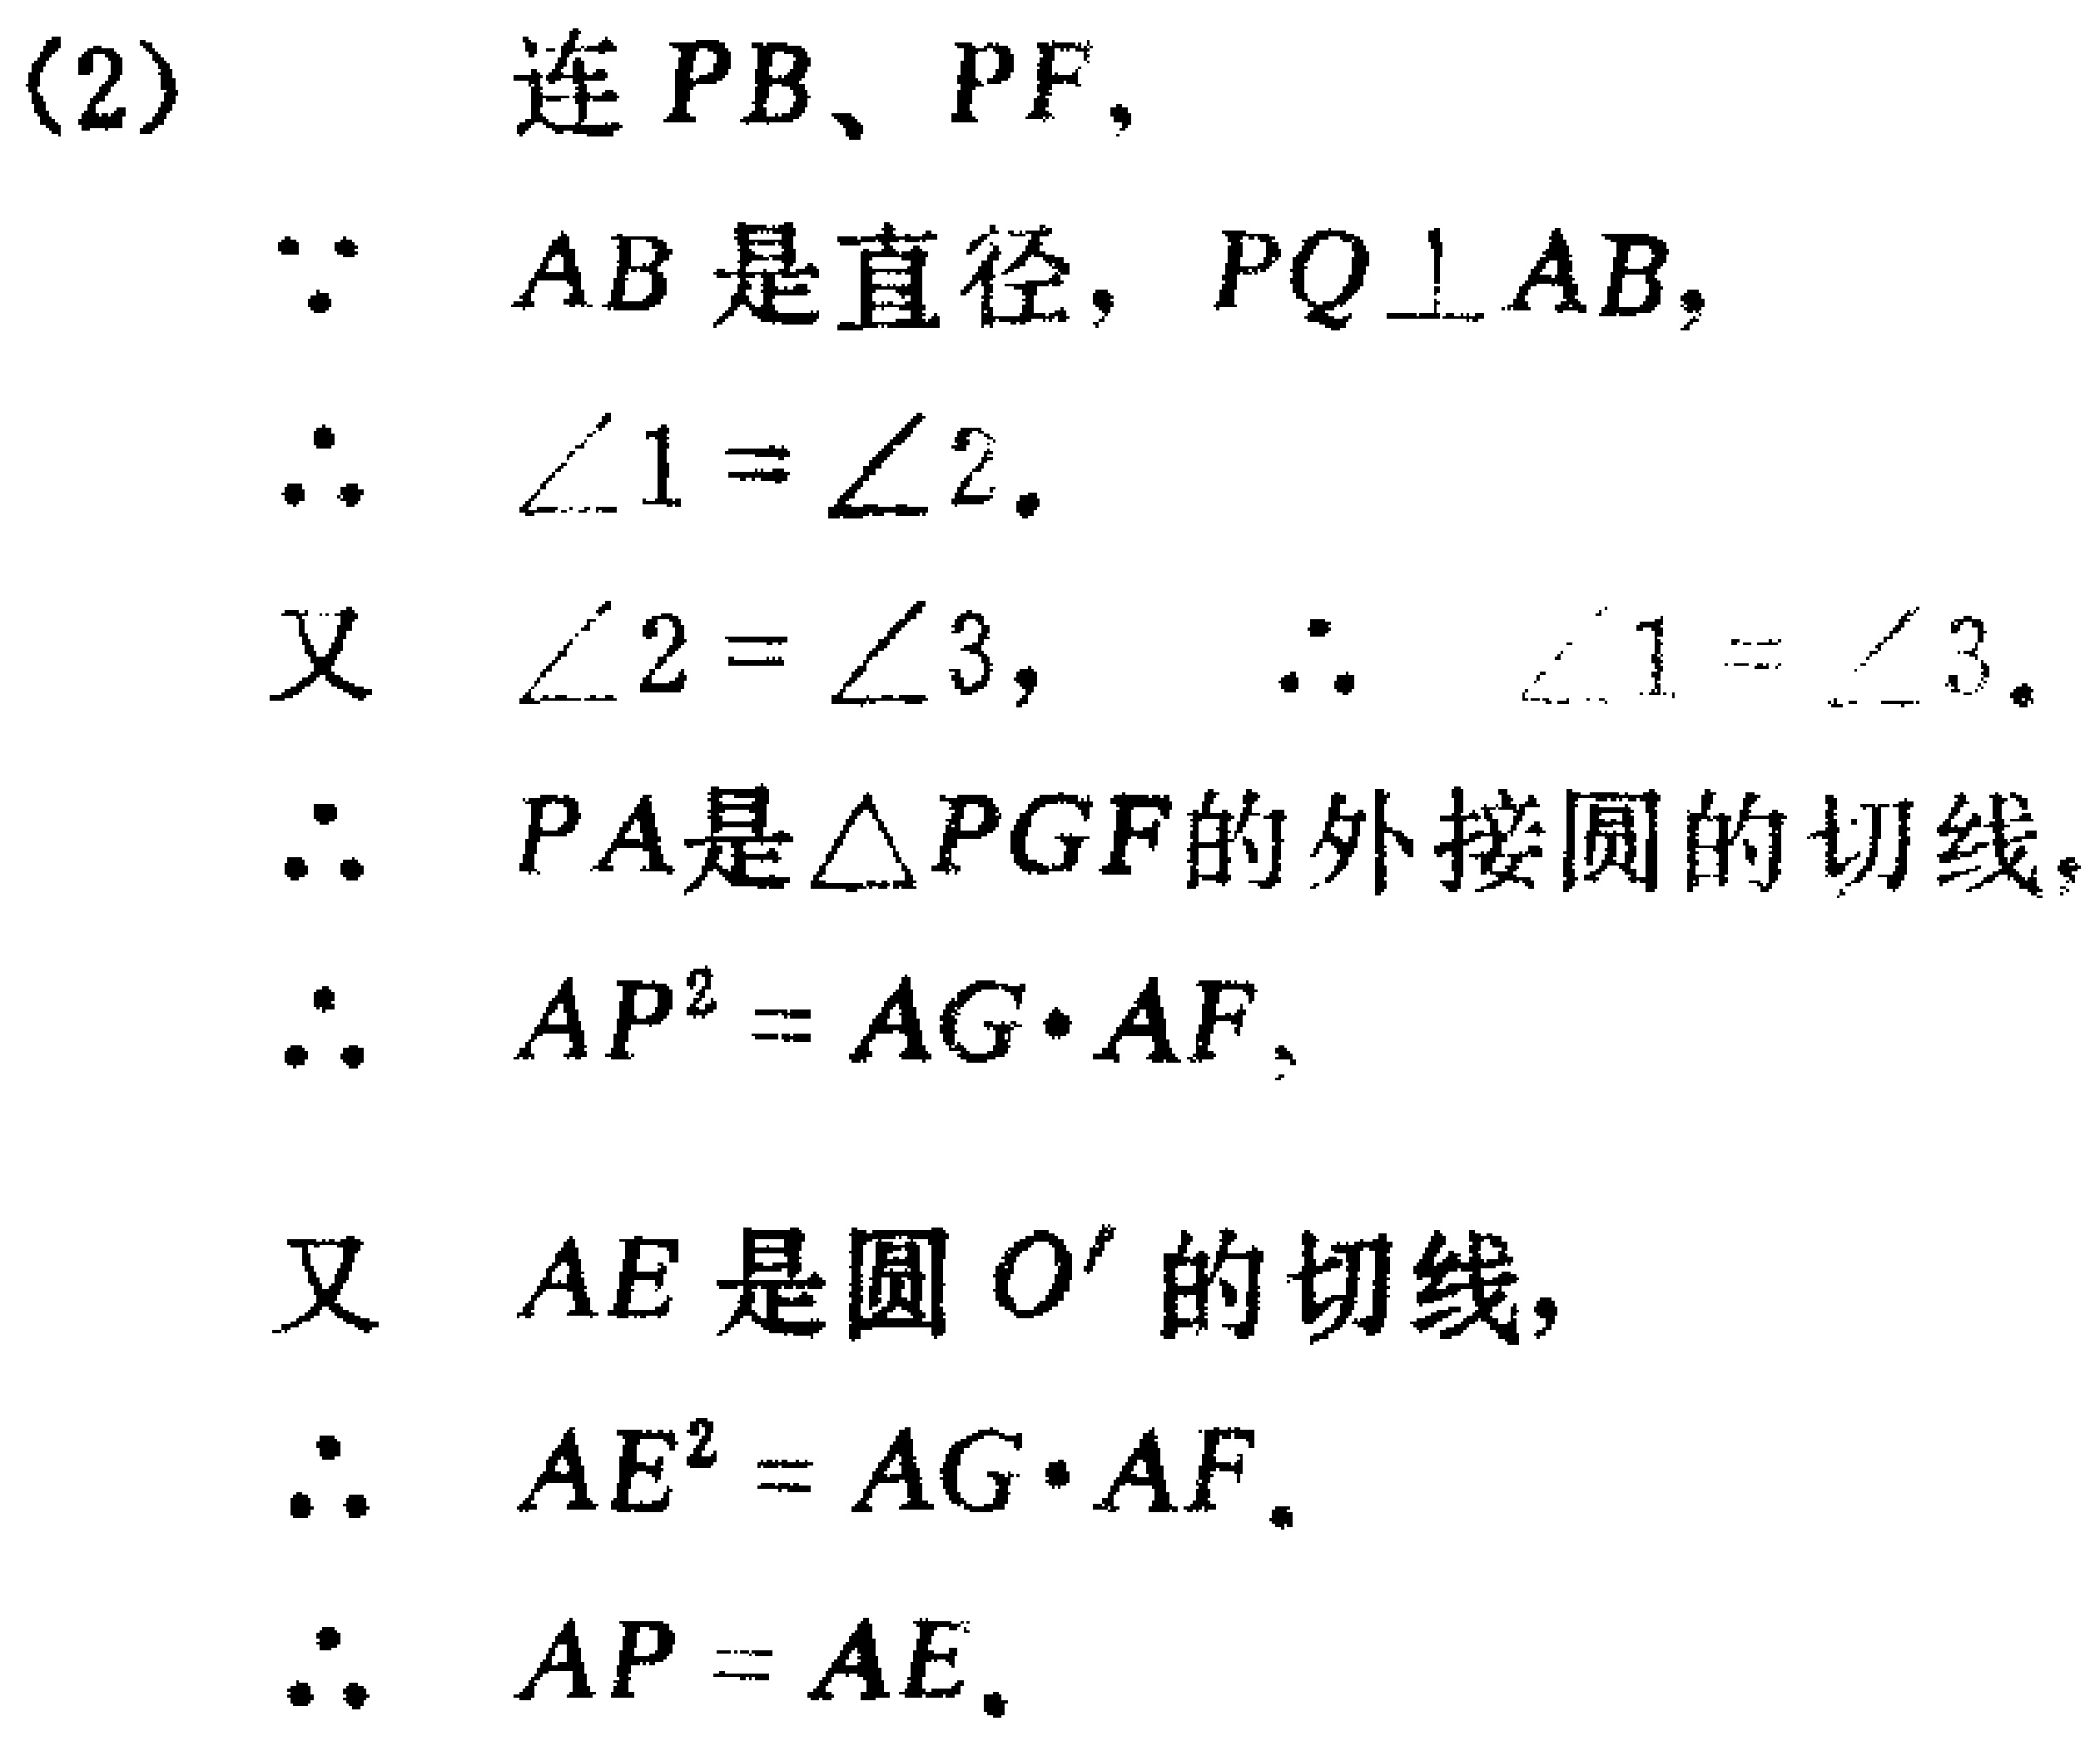
(2) 连 \(PB\)、\(PF\)，
\(\because AB\) 是直径，\(PQ\perp AB\)，
\(\therefore \angle 1 = \angle 2\).
又 \(\angle 2 = \angle 3\)， \(\therefore \angle 1 = \angle 3\).
\(\therefore PA\)是\(\triangle PGF\)的外接圆的切线，
\(\therefore AP^{2}=AG\cdot AF\).
又 \(AE\) 是圆 \(O'\) 的切线，
\(\therefore AE^{2}=AG\cdot AF\).
\(\therefore AP = AE\).